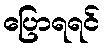
ပြောရရင်